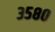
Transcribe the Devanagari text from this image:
३५८०